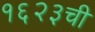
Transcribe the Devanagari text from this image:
१६२३ची